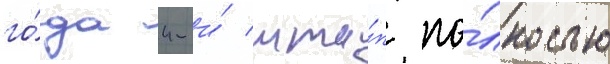
го́да 4-и́ мта́п по́лностью